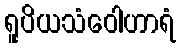
ရူပိယသံဝေါဟာရံ